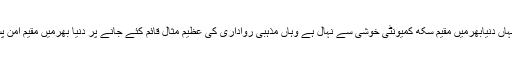
راولپنڈی(ہم پاک آن لائن)کرتارپور راہداری کھلنے پر جہاں دنیابھرمیں مقیم سکھ کمیونٹی خوشی سے نہال ہے وہاں مذہبی رواداری کی عظیم مثال قائم کئے جانے پر دنیا بھرمیں مقیم امن پسند طبقہ حکومت پاکستان کے اس اقدام کو سراہ رہا ہے۔